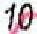
10